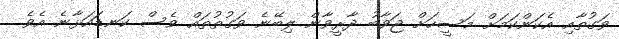
ވަގުތާއި އެކަންކަމަށް މަސީހަށް ޖަވާބު ދާރީވާން ލިބޭނެ ވަގުތުތައް ވެސް ކަނޑައަޅާނެ އެވެ.